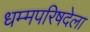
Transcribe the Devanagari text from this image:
धम्मपरिषदेला